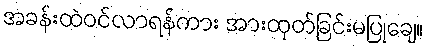
အခန်းထဲဝင်လာရန်ကား အားထုတ်ခြင်းမပြုချေ။